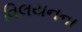
વિલયનના